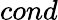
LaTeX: cond